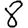
Digit: 8